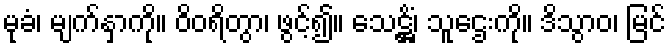
မုခံ၊ မျက်နှာကို။ ဝိဝရိတွာ၊ ဖွင့်၍။ သေဋ္ဌိံ၊ သူဌေးကို။ ဒိသွာဝ၊ မြင်